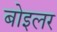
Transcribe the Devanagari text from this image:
बोइलर